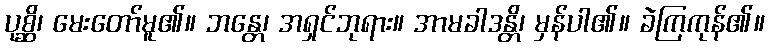
ပုစ္ဆိ၊ မေးတော်မူ၏။ ဘန္တေ၊ အရှင်ဘုရား။ အာမခါဒန္တိ၊ မှန်ပါ၏။ ခဲကြကုန်၏။